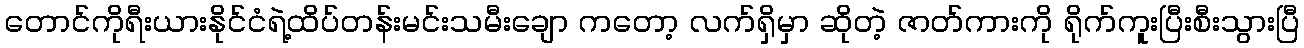
တောင်ကိုရီးယားနိုင်ငံရဲ့ထိပ်တန်းမင်းသမီးချော ကတော့ လက်ရှိမှာ ဆိုတဲ့ ဇာတ်ကားကို ရိုက်ကူးပြီးစီးသွားပြီ